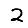
Digit: 2